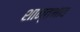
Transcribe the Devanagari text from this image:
शान्तभाव